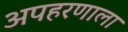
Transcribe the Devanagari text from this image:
अपहरणाला